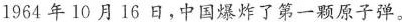
1964年10月16日，中国爆炸了第一颗原子弹。